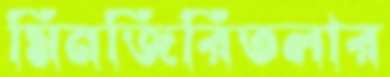
মিনজিরিতলার